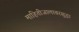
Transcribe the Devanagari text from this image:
माहितीजालावरसुद्धा